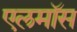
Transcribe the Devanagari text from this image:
एलमॉस